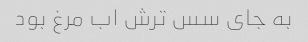
به جای سس ترش اب مرغ بود